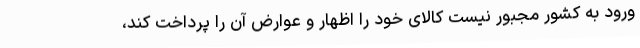
ورود به کشور مجبور نیست کالای خود را اظهار و عوارض آن را پرداخت کند،